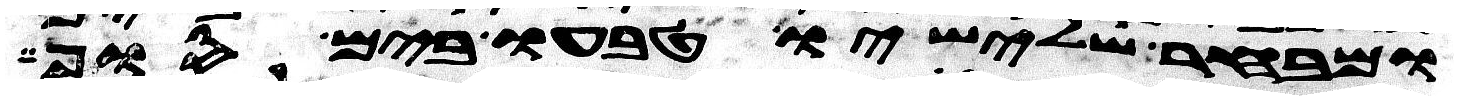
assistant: ומבחר שלישיו טבעו בים סוף